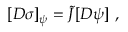
[ { \cal D } \sigma ] _ { \psi } = \tilde { J } [ { \cal D } \psi ] \ ,